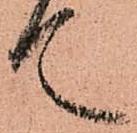
て